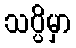
သပ္ပိမှာ